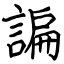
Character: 諞